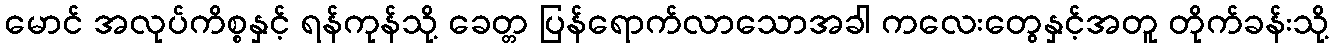
မောင် အလုပ်ကိစ္စနှင့် ရန်ကုန်သို့ ခေတ္တ ပြန်ရောက်လာသောအခါ ကလေးတွေနှင့်အတူ တိုက်ခန်းသို့